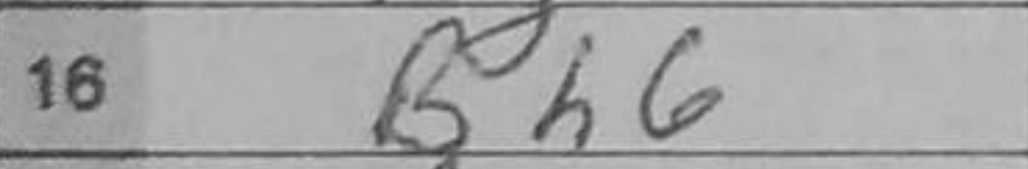
Transcription: Bh6